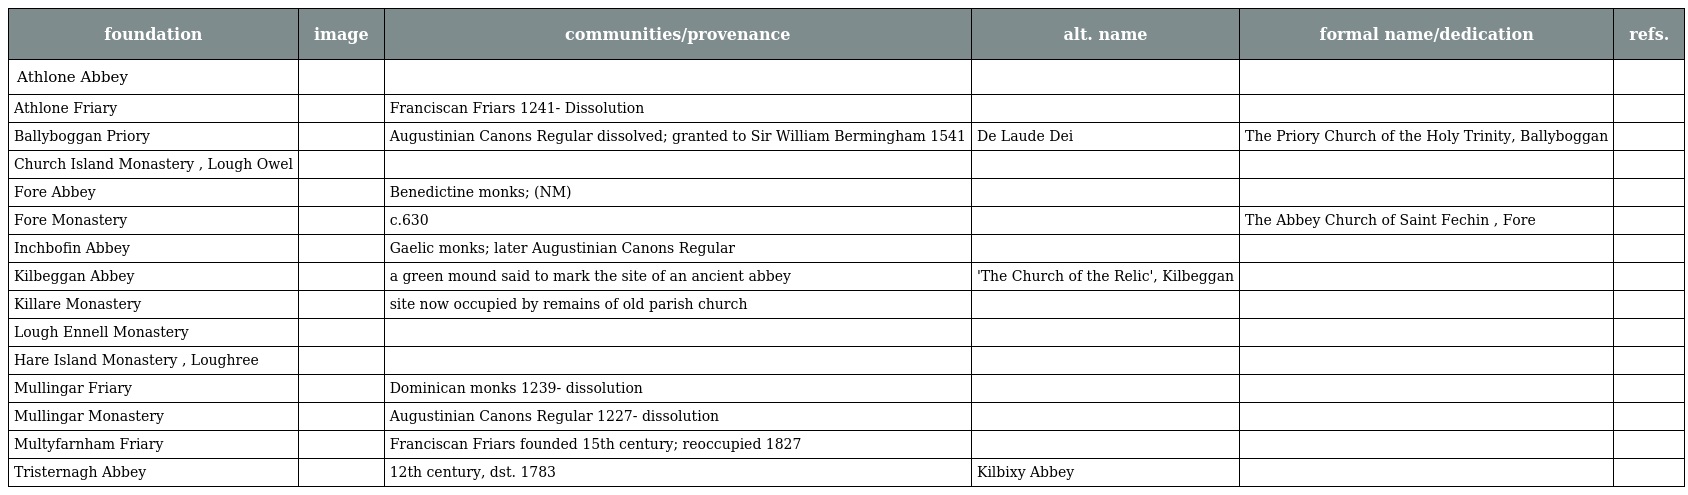
| foundation | image | communities/provenance | alt. name | formal name/dedication | refs. |
 | --- | --- | --- | --- | --- | --- |
 | Athlone Abbey |  |  |  |  |  |
 | Athlone Friary |  | Franciscan Friars 1241- Dissolution |  |  |  |
 | Ballyboggan Priory |  | Augustinian Canons Regular dissolved; granted to Sir William Bermingham 1541 | De Laude Dei | The Priory Church of the Holy Trinity, Ballyboggan |  |
 | Church Island Monastery , Lough Owel |  |  |  |  |  |
 | Fore Abbey |  | Benedictine monks; (NM) |  |  |  |
 | Fore Monastery |  | c.630 |  | The Abbey Church of Saint Fechin , Fore |  |
 | Inchbofin Abbey |  | Gaelic monks; later Augustinian Canons Regular |  |  |  |
 | Kilbeggan Abbey |  | a green mound said to mark the site of an ancient abbey | 'The Church of the Relic', Kilbeggan |  |  |
 | Killare Monastery |  | site now occupied by remains of old parish church |  |  |  |
 | Lough Ennell Monastery |  |  |  |  |  |
 | Hare Island Monastery , Loughree |  |  |  |  |  |
 | Mullingar Friary |  | Dominican monks 1239- dissolution |  |  |  |
 | Mullingar Monastery |  | Augustinian Canons Regular 1227- dissolution |  |  |  |
 | Multyfarnham Friary |  | Franciscan Friars founded 15th century; reoccupied 1827 |  |  |  |
 | Tristernagh Abbey |  | 12th century, dst. 1783 | Kilbixy Abbey |  |  |